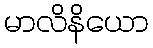
မာလိနိယော